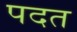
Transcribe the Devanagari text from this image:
पदत